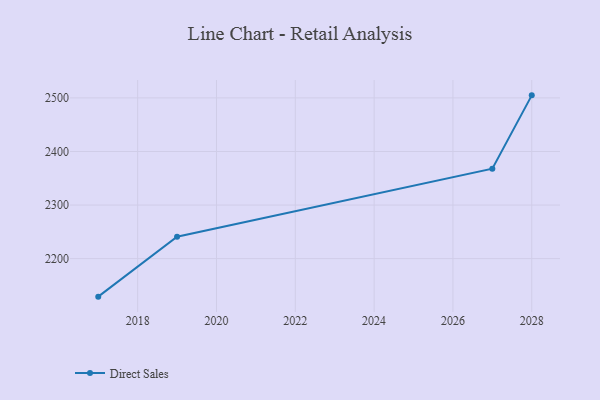
{"axis": {"x": "Year", "y": "Temperature (°C)"}, "legend": ["Direct Sales"], "data": [{"x": "2017", "y": 2129.0, "type": "Direct Sales"}, {"x": "2019", "y": 2240.9, "type": "Direct Sales"}, {"x": "2027", "y": 2367.9, "type": "Direct Sales"}, {"x": "2028", "y": 2504.8, "type": "Direct Sales"}]}